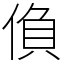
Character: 偩